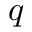
q